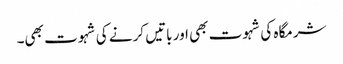
شرمگاہ کی شہوت بھی اور باتیں کرنے کی شہوت بھی۔